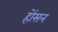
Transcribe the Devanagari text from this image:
होंसन